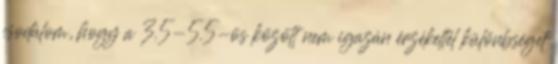
csodálom, hogy a 3.5-5.5-ös között nem igazán érzékeltél különbséget